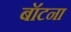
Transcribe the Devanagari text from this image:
बॉटना